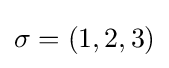
\sigma =(1,2,3)